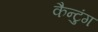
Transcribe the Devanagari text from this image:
कैन्टुंग